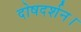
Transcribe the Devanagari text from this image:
दोषदर्शन।